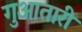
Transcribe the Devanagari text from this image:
गुआतारी